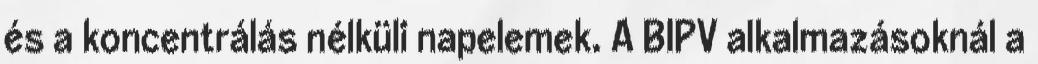
és a koncentrálás nélküli napelemek. A BIPV alkalmazásoknál a